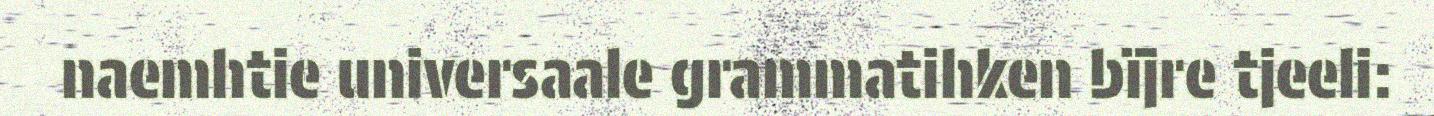
naemhtie universaale grammatihken bïjre tjeeli: